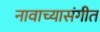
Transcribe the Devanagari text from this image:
नावाच्यासंगीत